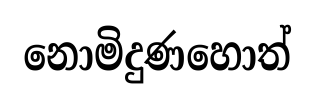
නොමිදුණහොත්